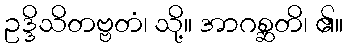
ဥဒ္ဒိသိတဗ္ဗတံ၊ သို့။ အာဂစ္ဆတိ၊ ၏။